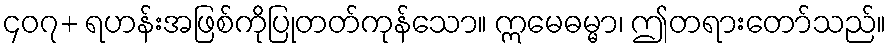
၄၀၇+ ရဟန်းအဖြစ်ကိုပြုတတ်ကုန်သော။ ဣမေဓမ္မာ၊ ဤတရားတော်သည်။